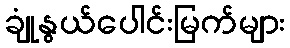
ချုံနွယ်ပေါင်းမြက်များ